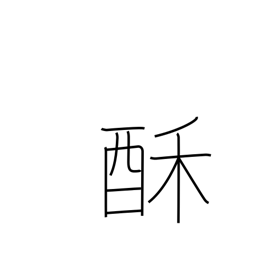
Meaning: milk